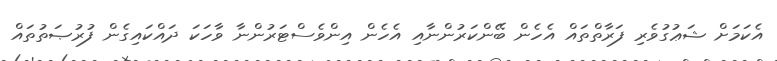
އެކަމަށް ޝަޢުގުވެރި ފަރާތްތައް އެހެން ބޭންކަރުންނާއި އެހެން އިންވެސްޓަރުންނާ ވާހަކަ ދައްކައިގެން ފުރުޞަތުތައް